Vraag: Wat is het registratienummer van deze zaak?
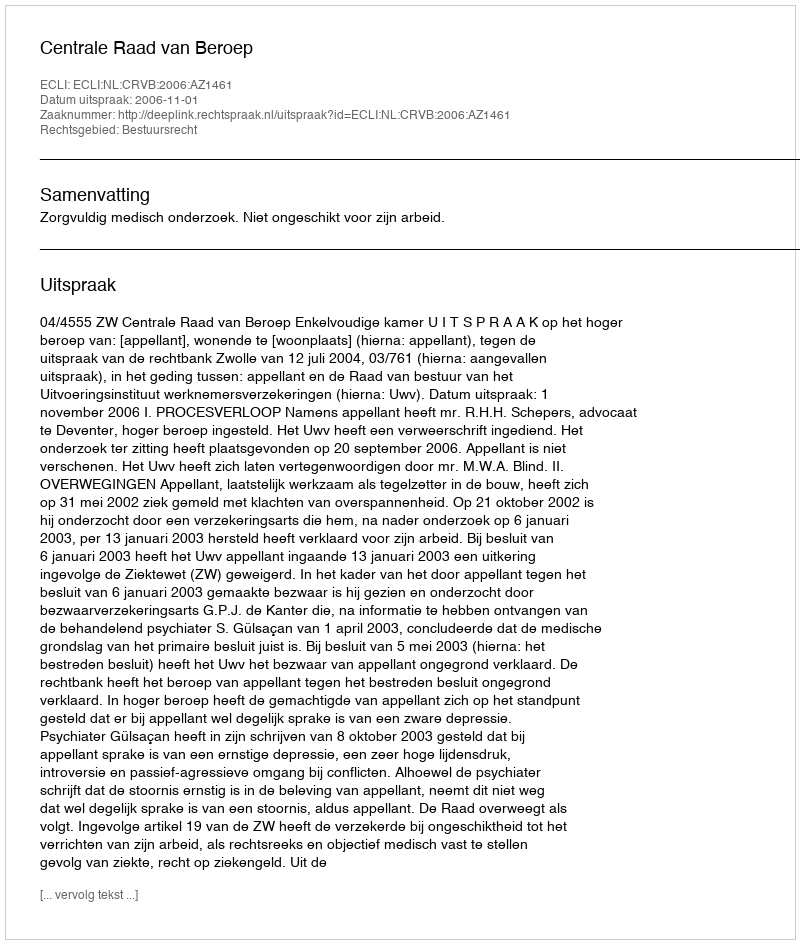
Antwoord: http://deeplink.rechtspraak.nl/uitspraak?id=ECLI:NL:CRVB:2006:AZ1461